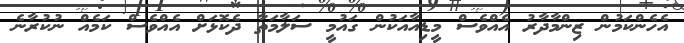
އެހެންކަމުން ޒިންމާދާރު އެއްވެސް މީޑިއާއަކުން ގައުމީ ސަލާމަތާ ދެކޮޅަށް އެއްވެސް ކަމެއް ނުކުރާނެ